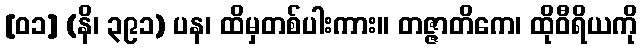
[၀၁] (နိ၊ ၃၉၁) ပန၊ ထိမှတစ်ပါးကား။ တဇ္ဇာတိကေ၊ ထိုဝီရိယကို